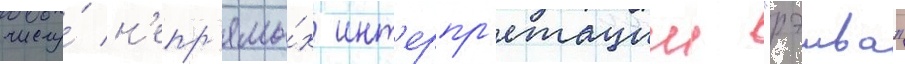
числу́ н'епр'ямы́х инт'ерпр'етации "рэива"